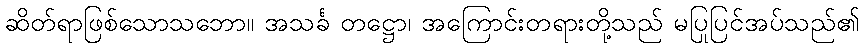
ဆိတ်ရာဖြစ်သောသဘော။ အသင်္ခ တဋ္ဌော၊ အကြောင်းတရားတို့သည် မပြုပြင်အပ်သည်၏